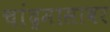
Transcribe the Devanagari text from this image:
चांद्रमासावर